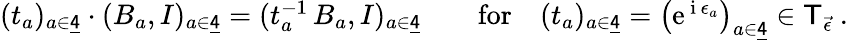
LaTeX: \begin{array}{r}{(t_{a})_{a\in\underline{{\sf 4}}}\cdot(B_{a},I)_{a\in\underline{{\sf 4}}}=(t_{a}^{-1}\, B_{a},I)_{a\in\underline{{\sf 4}}}\qquad\mathrm{for}\quad(t_{a})_{a\in\underline{{\sf 4}}}=\big(\mathrm{e}^{\, \mathrm{i}\, \epsilon_{a}}\big)_{a\in\underline{{\sf 4}}}\in\mathsf{T}_{\vec{\epsilon}}\ .}\end{array}